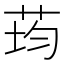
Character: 荺